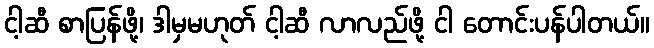
ငါ့ဆီ စာပြန်ဖို့၊ ဒါမှမဟုတ် ငါ့ဆီ လာလည်ဖို့ ငါ တောင်းပန်ပါတယ်။